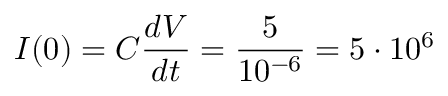
I ( 0 ) = C \frac { d V } { d t } = \frac { 5 } { 1 0 ^ { - 6 } } = 5 \cdot 1 0 ^ { 6 }